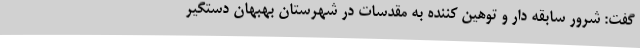
گفت: شرور سابقه دار و توهین کننده به مقدسات در شهرستان بهبهان دستگیر